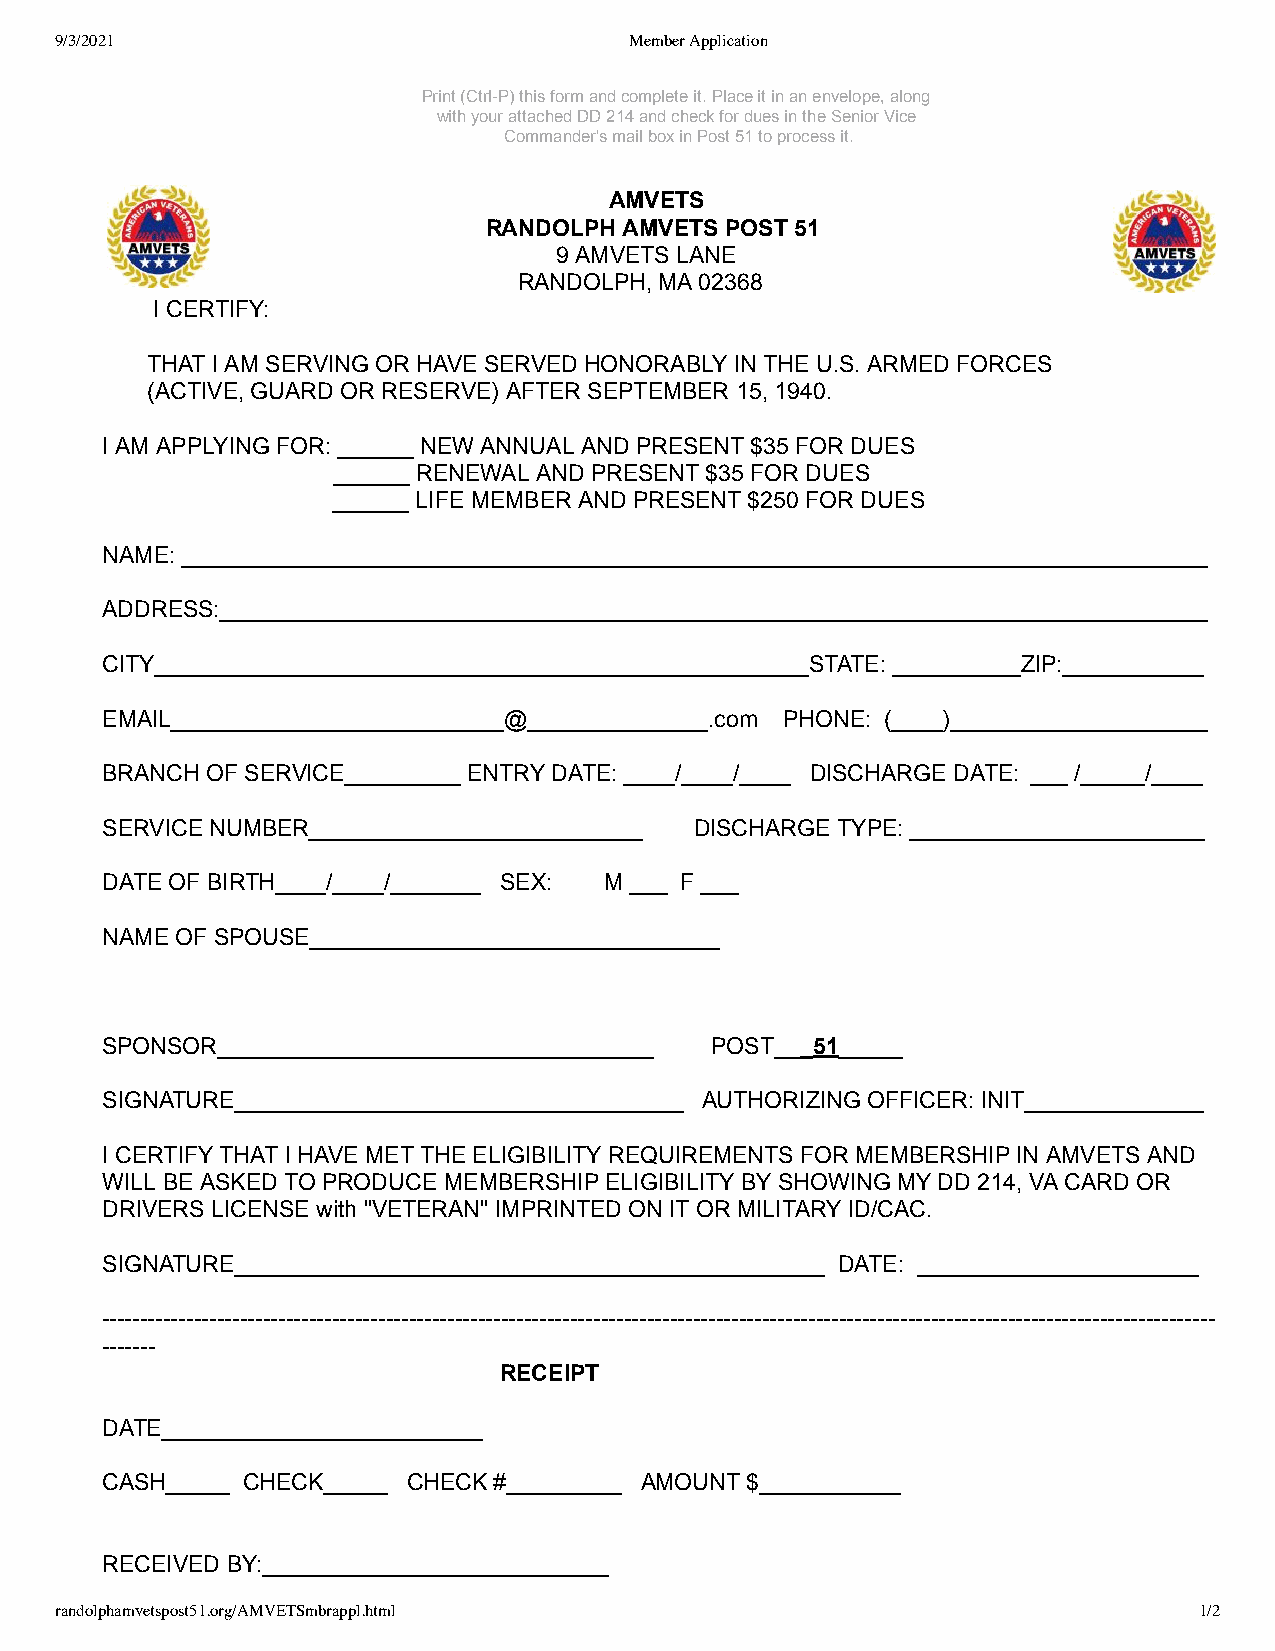
9/3/2021                              Member Application
 Print (Ctrl-P) this form and complete it. Place it in an envelope, along
 with your attached DD 214 and check for dues in the Senior Vice
 Commander's mail box in Post 51 to process it.
 AMVETS
 RANDOLPH AMVETS POST 51
 9 AMVETS LANE
 RANDOLPH, MA 02368
 I CERTIFY:
 THAT I AM SERVING OR HAVE SERVED HONORABLY IN THE U.S. ARMED FORCES
 (ACTIVE, GUARD OR RESERVE) AFTER SEPTEMBER 15, 1940.
 I AM APPLYING FOR: ______ NEW ANNUAL AND PRESENT $35 FOR DUES
 ______ RENEWAL AND PRESENT $35 FOR DUES
 ______ LIFE MEMBER AND PRESENT $250 FOR DUES
 NAME: ________________________________________________________________________________
 ADDRESS:_____________________________________________________________________________
 CITY___________________________________________________STATE: __________ZIP:___________
 EMAIL__________________________@______________.com PHONE: (____)____________________
 BRANCH OF SERVICE_________ ENTRY DATE: ____/____/____ DISCHARGE DATE: ___ /_____/____
 SERVICE NUMBER__________________________ DISCHARGE TYPE: _______________________
 DATE OF BIRTH____/____/_______ SEX: M ___ F ___
 NAME OF SPOUSE________________________________
 SPONSOR__________________________________ POST___51_____
 SIGNATURE___________________________________ AUTHORIZING OFFICER: INIT______________
 I CERTIFY THAT I HAVE MET THE ELIGIBILITY REQUIREMENTS FOR MEMBERSHIP IN AMVETS AND
 WILL BE ASKED TO PRODUCE MEMBERSHIP ELIGIBILITY BY SHOWING MY DD 214, VA CARD OR
 DRIVERS LICENSE with "VETERAN" IMPRINTED ON IT OR MILITARY ID/CAC.
 SIGNATURE______________________________________________ DATE: ______________________
 -------------------------------------------------------------------------------------------------------------------------------------------------
 -------
 RECEIPT
 DATE_________________________
 CASH_____ CHECK_____ CHECK #_________ AMOUNT $___________
 RECEIVED BY:___________________________
 randolphamvetspost51.org/AMVETSmbrappl.html                                1/2